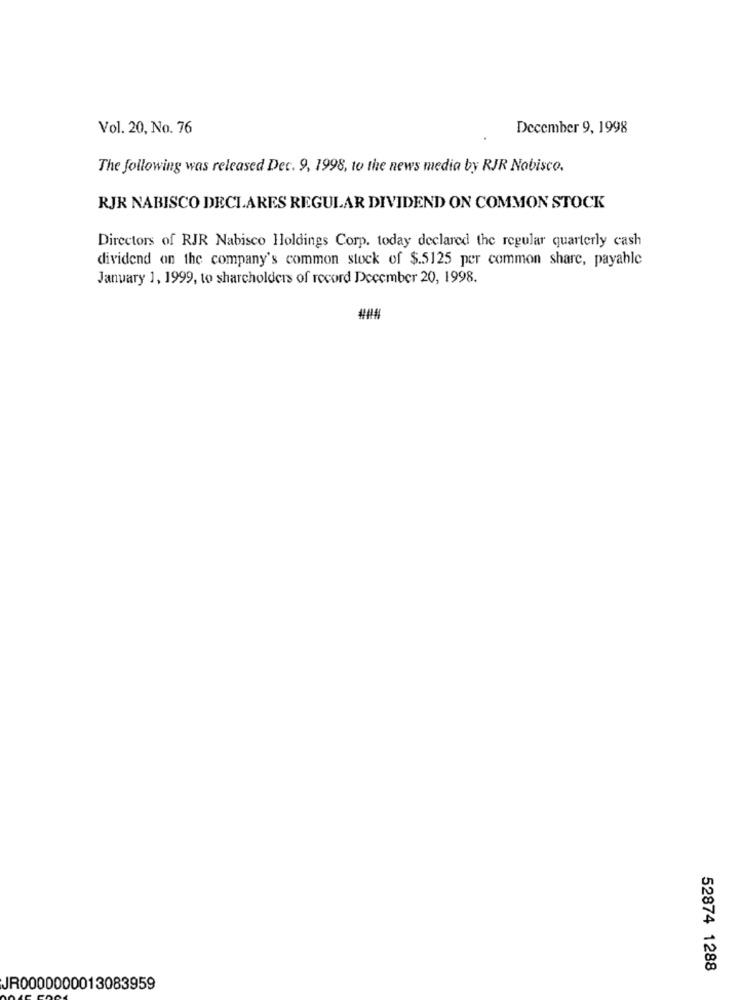
Vol. 20, No. 76
December 9, 1998
The following was released Det. 9, 1998, to the news media by RJR Nabisco.
RJR NABISCO DECLARES REGULAR DIVIDEND ON COMMON STOCK
Directors of RJR Nabisco Holdings Corp. today declared the regular quarterly cash
dividend on the company's common stock of $.5125 per common share, payable
January 1, 1999, to shareholders of record December 20, 1998.
52874 1288
JR0000000013083959